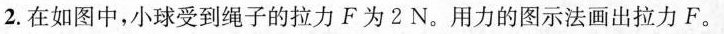
2.在如图中，小球受到绳子的拉力F为2N。用力的图示法画出拉力F。